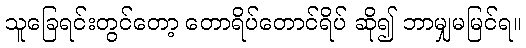
သူခြေရင်းတွင်တော့ တောရိပ်တောင်ရိပ် ဆို၍ ဘာမျှမမြင်ရ။